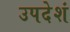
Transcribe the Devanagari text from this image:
उपदेशं